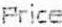
PRICE